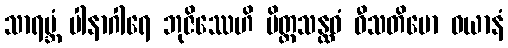
သာရမ္ဘံ ပါနာဂါရေ ဘုဇိဿေဟိ မိတ္တသန္ထဝံ ဝီသတိမော ဝယာနံ